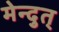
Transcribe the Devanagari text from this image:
मेन्दुत्